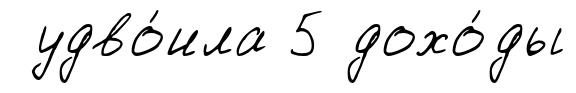
удво́ила 5 дохо́ды